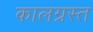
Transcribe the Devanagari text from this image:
कालग्रस्त